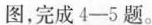
图，完成4-5题。